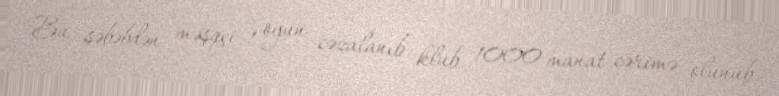
Bu səbəbdən məşqçi 1 oyun cəzalanıb, klub 1000 manat cərimə olunub.